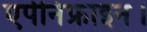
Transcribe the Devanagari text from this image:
एपीनेफ्राइन।